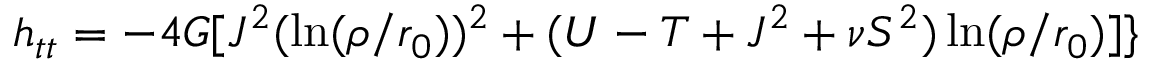
h _ { t t } = - 4 G [ J ^ { 2 } ( \ln ( \rho / r _ { 0 } ) ) ^ { 2 } + ( U - T + J ^ { 2 } + \nu S ^ { 2 } ) \ln ( \rho / r _ { 0 } ) ] \}